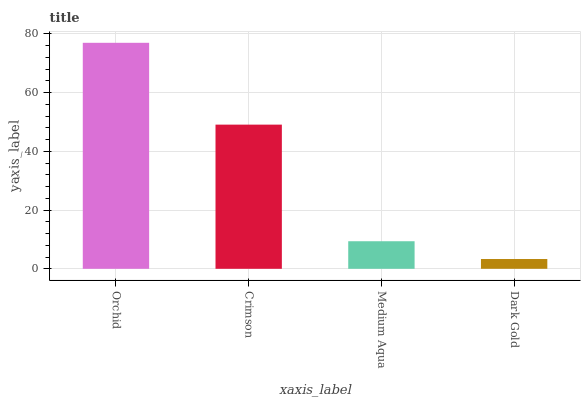
| xaxis_label | bars |
 | --- | --- |
 | Orchid | 76.9 |
 | Crimson | 49.1 |
 | Medium Aqua | 9.38 |
 | Dark Gold | 3.33 |